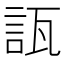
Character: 𧧀